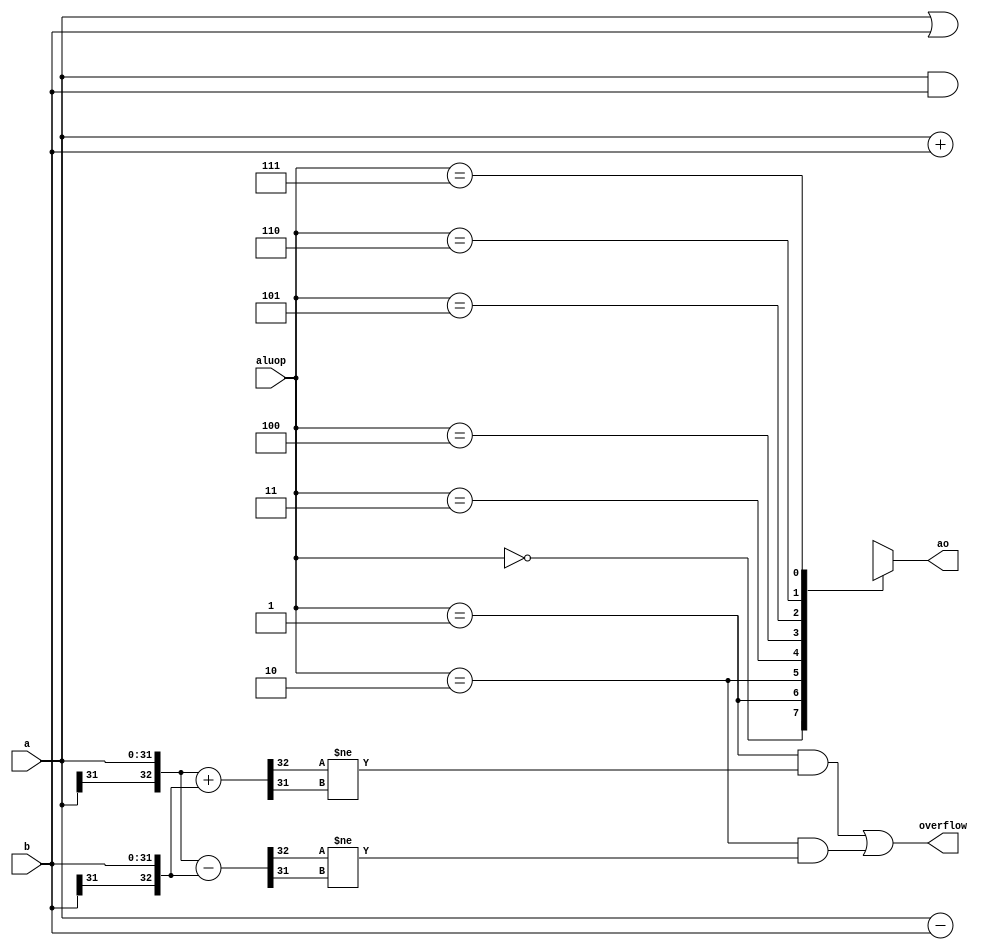
`timescale 1ns / 1ps

module ALU(a,b,aluop,ao,overflow);
input [31:0] a,b;
input [2:0] aluop;
output [31:0] ao;//
output overflow;

wire [31:0] tmp[7:0];
assign tmp[0]=b;
assign tmp[1]=a+b;
assign tmp[2]=a-b;
assign tmp[3]=a|b;
assign tmp[4]=a&b;
assign ao=tmp[aluop]; 
wire [32:0] temp1,temp2;


assign temp1={a[31],a}+{b[31],b};
assign temp2={a[31],a}-{b[31],b};
//assign overflow=(aluop==1&&($signed(temp1)!=$signed(ao)))||(aluop==2&&($signed(temp2)!=$signed(ao)));
/* assign overflow=(aluop==1&&$signed(a)>0&&$signed(b)>0&&$signed(ao)<0)
		||(aluop==1&&$signed(a)<0&&$signed(b)<0&&$signed(ao)>0)
		||(aluop==2&&$signed(a)>0&&$signed(b)<0&&$signed(ao)<0)
		||(aluop==2&&$signed(a)<0&&$signed(b)>0&&$signed(ao)>0);*/
assign overflow =((aluop==1)&&(temp1[32]!=temp1[31]))||((aluop==2)&&(temp2[32]!=temp2[31]));
endmodule